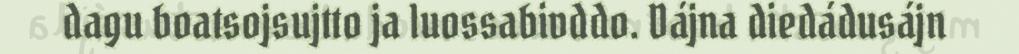
dagu boatsojsujtto ja luossabivddo. Dájna diedádusájn